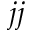
j j